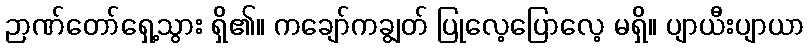
ဉာဏ်တော်ရှေ့သွား ရှိ၏။ ကချော်ကချွတ် ပြုလေ့ပြောလေ့ မရှိ။ ပျာယီးပျာယာ